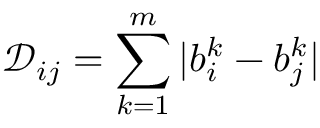
\mathcal { D } _ { i j } = \sum _ { k = 1 } ^ { m } | b _ { i } ^ { k } - b _ { j } ^ { k } |